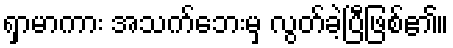
ရှာမာကား အသက်ဘေးမှ လွတ်ခဲ့ပြီဖြစ်၏။